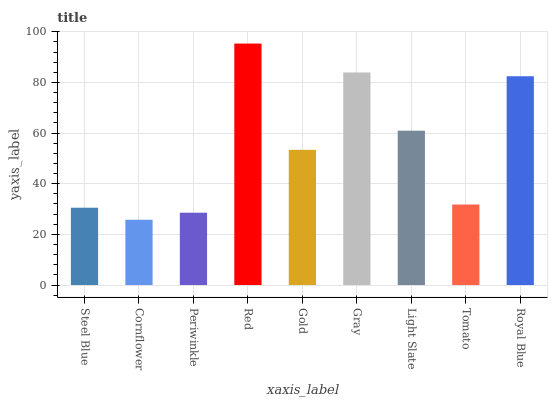
| xaxis_label | bars |
 | --- | --- |
 | Steel Blue | 30.5 |
 | Cornflower | 25.8 |
 | Periwinkle | 28.6 |
 | Red | 95.4 |
 | Gold | 53.4 |
 | Gray | 83.9 |
 | Light Slate | 61 |
 | Tomato | 31.8 |
 | Royal Blue | 82.5 |